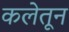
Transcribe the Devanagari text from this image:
कलेतून